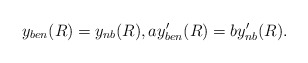
\begin{align*}y_{ben}(R)=y_{nb}(R), ay'_{ben}(R)=by'_{nb}(R).\end{align*}